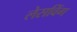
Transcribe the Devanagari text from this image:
लेसविंग